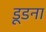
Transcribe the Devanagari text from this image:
डूडना